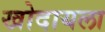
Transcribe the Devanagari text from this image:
खोदायला